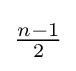
{\begin{matrix}{\frac {n-1}{2}}\end{matrix}}